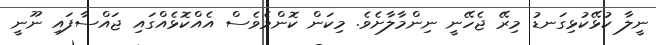
ނީލާ ކުޅޭކުޅިގަނޑު މިރޭ ޖެހޭނީ ނިންމާލާށެވެ. މިކަން ކޮންމެވެސް އެއްކޮޅެއްގައި ޖައްސާފައި ނޫނީ